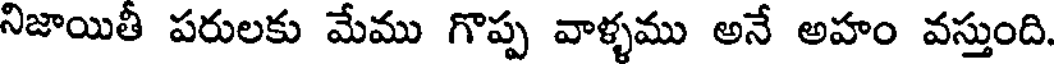
నిజాయితీ పరులకు మేము గొప్ప వాళ్ళము అనే అహం వస్తుంది.